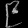
Digit: ၉